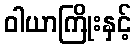
ဝါယာကြိုးနှင့်